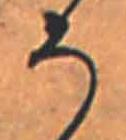
そ